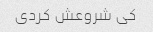
کی شروعش کردی